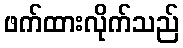
ဖက်ထားလိုက်သည်